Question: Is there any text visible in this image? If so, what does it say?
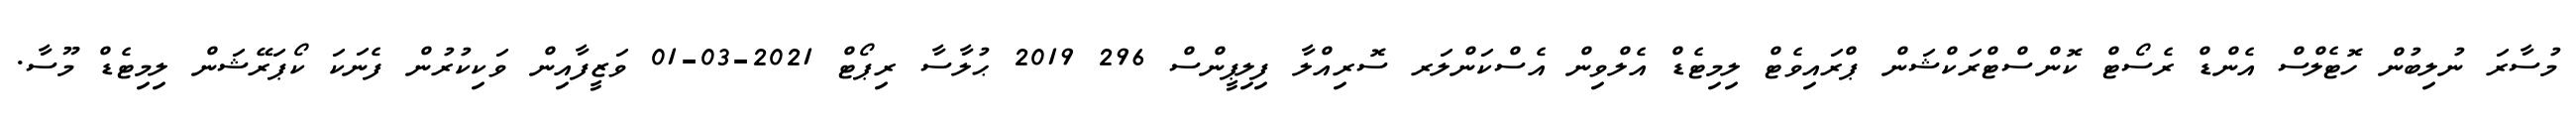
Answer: މުސާރަ ނުލިބުން ހޮޓެލްސް އެންޑް ރެސޯޓް ކޮންސްޓްރަކްޝަން ޕްރައިވެޓް ލިމިޓެޑް އެލްވިން އެސްކަންލަރ ސޮރިއްލާ ފިލިޕީންސް 296 2019 ޙުލާސާ ރިޕޯޓް 2021-03-01 ވަޒީފާއިން ވަކިކުރުން ފެނަކަ ކޯޕަރޭޝަން ލިމިޓެޑް މޫސާ.